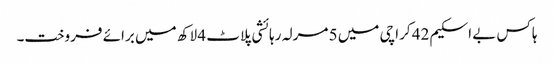
ہاکس بے اسکیم 42 کراچی میں 5 مرلہ رہائشی پلاٹ 4 لاکھ میں برائے فروخت۔